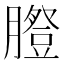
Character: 𦡪